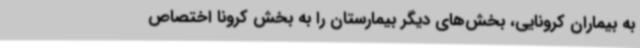
به بیماران کرونایی، بخش‌های دیگر بیمارستان را به بخش کرونا اختصاص